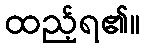
ထည့်ရ၏။